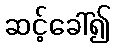
ဆင့်ခေါ်၍